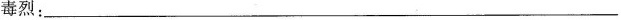
毒烈：______